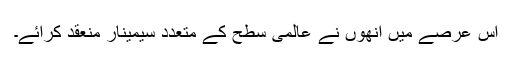
اس عرصے میں انھوں نے عالمی سطح کے متعدد سیمینار منعقد کرائے۔